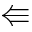
\Lleftarrow